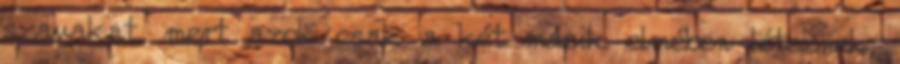
szavakat, mert azok csak a két másik elmében léteznek,